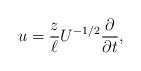
LaTeX: \begin{align*}u = \frac{z}{\ell}U^{-1/2} \frac{\partial}{\partial t},\end{align*}